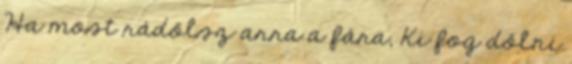
Ha most rádőlsz arra a fára, Ki fog dőlni